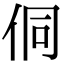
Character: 侗